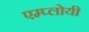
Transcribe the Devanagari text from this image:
एम्प्लोयी